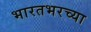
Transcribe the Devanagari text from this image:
भारतभरच्या